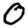
Digit: 0